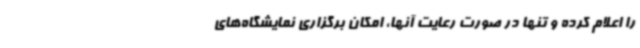
را اعلام کرده و تنها در صورت رعایت آنها، امکان برگزاری نمایشگاه‌های